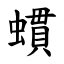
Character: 䗰